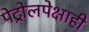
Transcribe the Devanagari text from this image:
पेट्रोलपेक्षाही